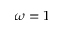
\omega = 1